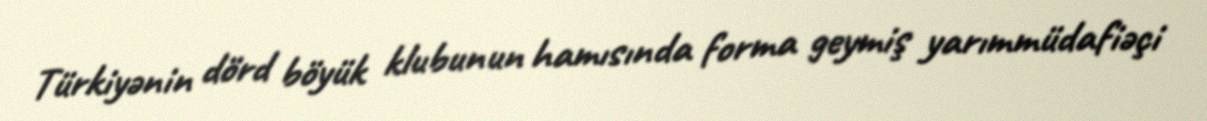
Türkiyənin dörd böyük klubunun hamısında forma geymiş yarımmüdafiəçi